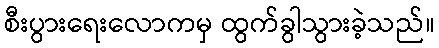
စီးပွားရေးလောကမှ ထွက်ခွါသွားခဲ့သည်။